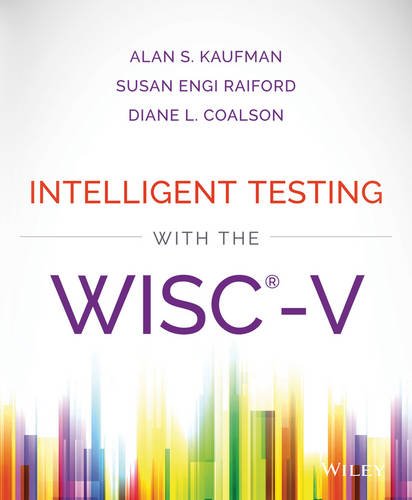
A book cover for Intelligent Testing with the WISC-V; Alan S. Kaufman; Medical Books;